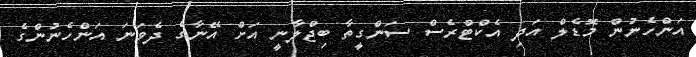
އަންހެނުން މޮޑެލް އަދި އެކްޓްރެސް ސަންގީތާ ބިޖްލާނީ އަށް އޭނާގެ ދެވަނަ އަންހެނުންގެ